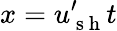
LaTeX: x=u_{\mathrm{~s~h~}}^{\prime}t